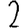
Digit: 2